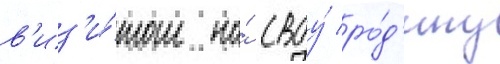
в'из'и́том на́ своу́ ро́д'ину